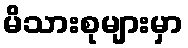
မိသားစုများမှာ